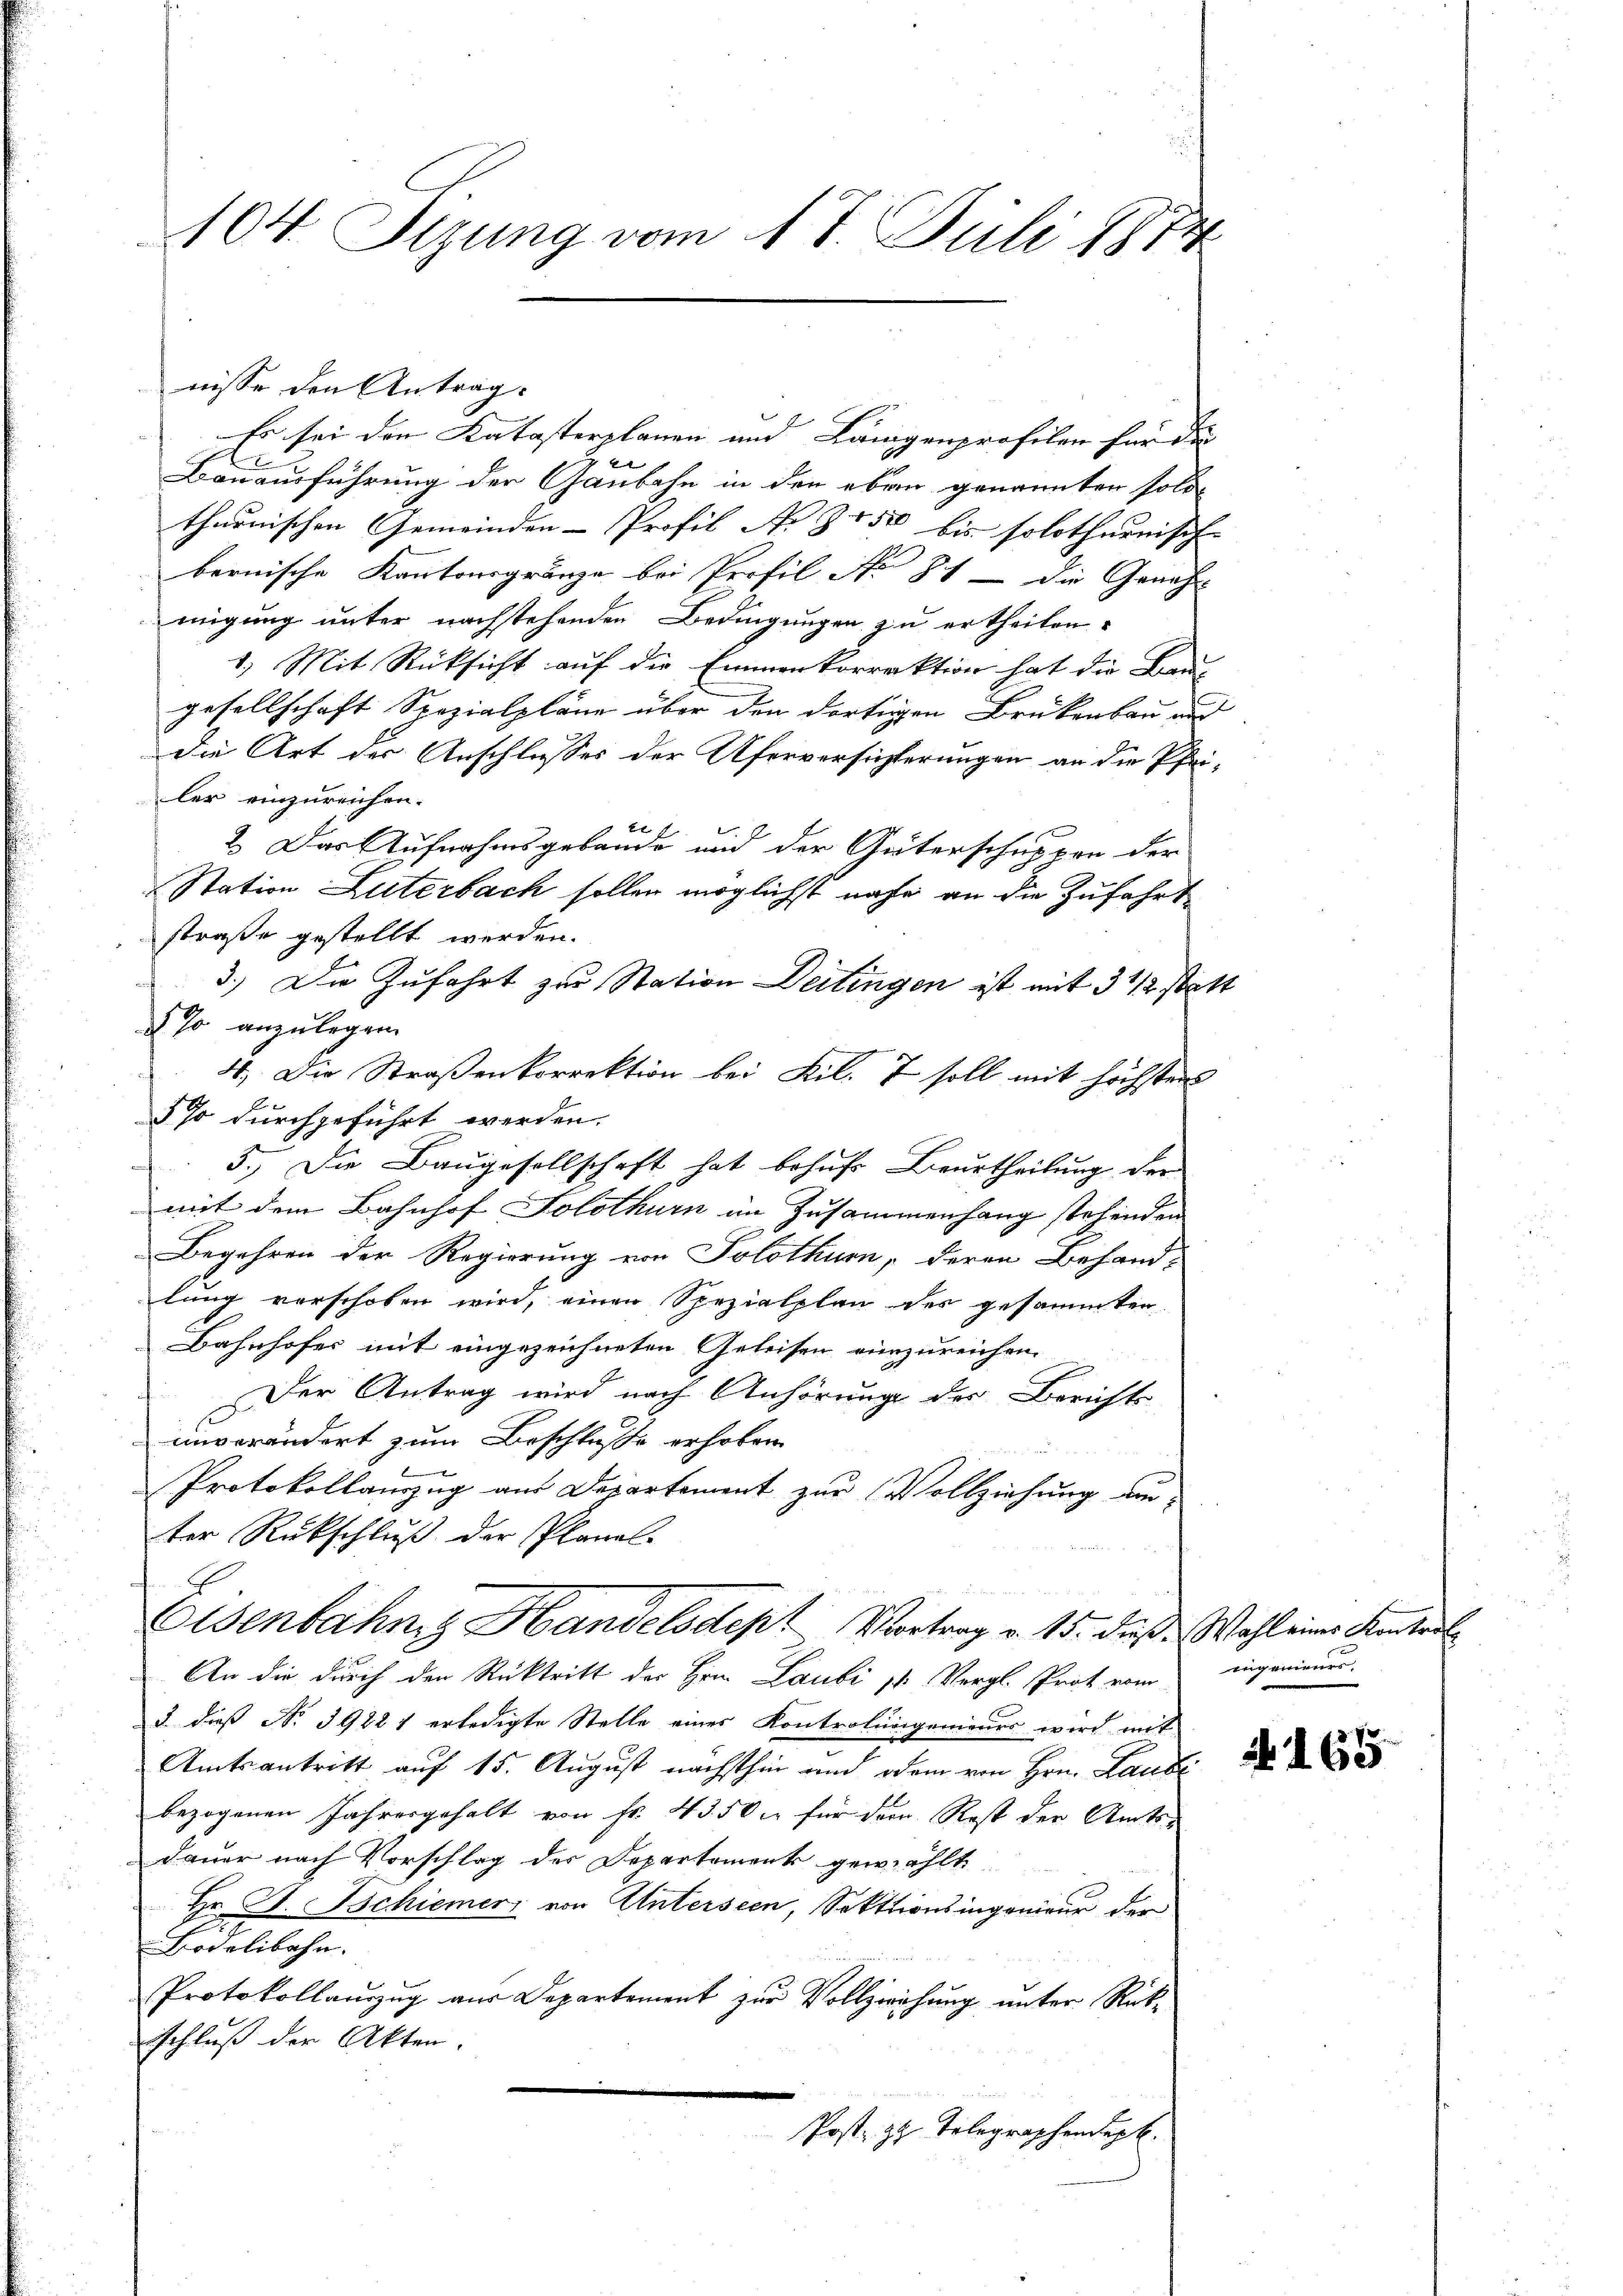
104 Sizung vom 17. Juli 1874

nisse den Anträg
Es sei den Katasterplanen und Längenprofilen für die
Bauausführung der Gaubahn in den eben genannten soll
thurnischen Gemeinden-Profil N. Z. 1500 bis solothurnisch- |
bernische Kantonsgränze bei Profil No 81 die Geneh
migung unter nachstehenden Bedingungen zu ertheilen.
1.) Mit Rücksicht auf die Emmenkorrektion hat die Bau-
gesellschaft Spezialpläne über den dortigen Brükenbau und
die Art der Anschlusses der Uferversichterungen an die Pfeiler einzureichen.
br. 1
2. Das Aufnahmsgebäude und der Güterschuppen der
Station Luterbach sollen möglichst nahe an die Zufahrtstraße gestellt werden.
3.) Die Zufahrt zur Station Deitingen ist mit 3 1/3 statt
 Jo anzulegen.
4.) Die Straßenkorrektion bei Kil. 7 soll mit höchstens
§ so durchgeführt werden.
5.) Die Baugesellschaft hat behufs Beurtheilung der
mit dem Bahnhof Solothurn im Zusammenhang stehenden
Begehren der Regierung von Solothur, deren Behand-
lung verschoben wird, einen Spezialplan des gesammten
Bahnhofer mit eingezeichneten Geleisen einzureichen.
Der Antrag wird nach Anhörung der Berichts-
unverändert zum Beschluße erhoben.
Protokollauszug aus Departement zur Vollziehung unter Rückschluß der Planal-
Eisenbahn, z. Handelsdept Vortrag v. 15. dieß. Wahl eines Kenteil
An die durch den Rücktritt der Hrn. Laubi 11. Vergl. Prot vom angenieŭer,
3 dieß No 39221 erledigte Stelle eines Kontrolungenieurs wird mit
Amtsantritt auf 15. August nächsthin und dem von Hrn. Laube
bezogenen Jahresgehalt von Fr. 43. 50 l. für dem Rest der Amts-
Dauer nach Vorschlag des Departement gewählt
Hr. F. Schiemerz von Untersien, Sektionsingenieur der
Bödelibahn.
Protokollauszug aus Departement zur Vollziehung unter Rück-
schluß der Akten.
Post, z. Telegraphendep

165.